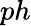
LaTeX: ph